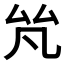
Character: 𠫨